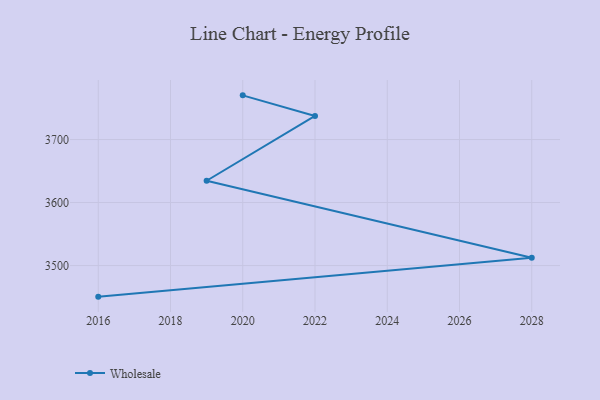
{"axis": {"x": "Year", "y": "Market Share (%)"}, "legend": ["Wholesale"], "data": [{"x": "2020", "y": 3770.1, "type": "Wholesale"}, {"x": "2022", "y": 3737.4, "type": "Wholesale"}, {"x": "2019", "y": 3634.6, "type": "Wholesale"}, {"x": "2028", "y": 3512.4, "type": "Wholesale"}, {"x": "2016", "y": 3450.7, "type": "Wholesale"}]}